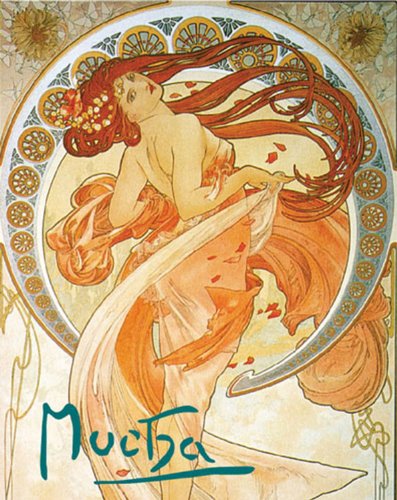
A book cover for Mucha; Sarah Mucha; Arts & Photography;